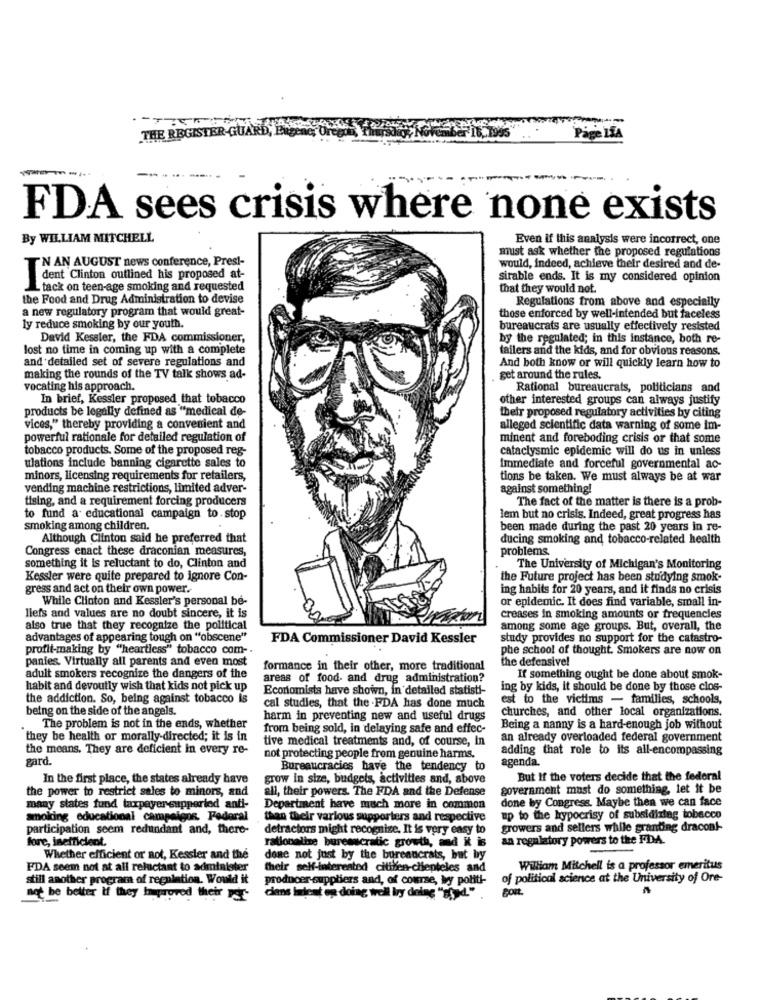
THE REGISTER-G
Pige LIA
FDA sees crisis where none exists
By WILLIAM MITCHELL
Even if this analysis were incorrect, one
must ask whether the proposed regulations
'N AN AUGUST news conference, Prest-
would, indeed, achieve their desired and de-
dent Clinton outlined his proposed at-
sirable ends. It is my considered opinion
tack on teen-age smoking and requested
that they would not.
the Food and Drug Administration to devise
Regulations from above and especially
a new regulatory program that would great-
those enforced by well-intended but faceless
ly reduce smoking by our youth.
bureaucrats are usually effectively resisted
David Kessler, the FDA commissioner,
by the regulated; in this instance, both re-
lost no time in coming up with a complete
failers and the kids, and for obvious reasons.
and detailed set of severe regulations and
And both know or will quickly learn how to
making the rounds of the TV talk shows ad-
get around the rules.
vocating his approach.
Rational bureaucrats, politicians and
In brief, Kessler proposed that tobacco
other interested groups can always justify
products be legally defined as "medical de-
their proposed regulatory activities by citing
vices," thereby providing a convenient and
alleged scientific data warning of some im-
powerful rationale for detailed regulation of
minent and foreboding crisis or that some
tobacco products. Some of the proposed reg-
cataclysmic epidemic will do us in unless
ulations include banning cigarette sales to
Immediate and forceful governmental ac-
minors, licensing requirements for retailers,
tions be taken. We must always be at war
vending machine restrictions, limited adver-
against something!
tising, and a requirement forcing producers
The fact of the matter is there is a prob-
to fund a educational campaign to.stop
lem but no crisis. Indeed, great progress has
smoking among children.
been made during the past 20 years in re-
Although Clinton said he preferred that
ducing smoking and tobacco-related health
Congress enact these draconian measures,
problems
something it is reluctant to do, Clinton and
The University of Michigan's Monitoring
Kessler were quite prepared to ignore Con-
the Future project has been studying smok-
gress and act on their own power.
ing habits for 20 years, and it finds no crisis
While Clinton and Kessler's personal be-
or epidemic. It does find variable, small in-
liefs and values are no doubt sincere, it is
creases in smoking amounts or frequencies
also true that they recognize the political
among some age groups. But, overall, the
advantages of appearing tough on "obscene"
FDA Commissioner David Kessler
study provides no support for the catastro-
profit-making by "heartless" tobacco com-
phe school of thought. Smokers are now on
panies. Virtually all parents and even most
the defensive!
formance in their other, more traditional
adult smokers recognize the dangers of the
areas of food and drug administration?
If something ought be done about smok-
habit and devoutly wish that kids not pick up
Economista have shown, in detailed statisti-
ing by kids, it should be done by those clos-
the addiction. So, being against tobacco is
est to the victims - families, schools,
being on the side of the angels.
cal studies, that the FDA has done much
churches, and other local organizations.
harm in preventing new and useful drugs
The problem is not in the ends, whether
from being sold, in delaying safe and effec-
Being a nanny is a hard-enough job without
they be health or morally-directed; it is in
tive medical treatments and, of course, in
an already overloaded federal government
the means. They are deficient in every re-
adding that role to its all-encompassing
gard.
not protecting people from genuine harms.
agenda.
Bureaucracies have the tendency to
In the first place, the states already have
grow in size, budgets, activities and, above
But If the voters decide that the federal
the power to restrict sales to minors, and
all, their powers. The FDA and the Defense
government must do something, let it be
done by Congress. Maybe then we can face
many states fund taxpayer supperied anti-
Department have much more in common
smoking educational campaigns. Federal
than their various supporters and respective
up to the hypocrisy of subsidizing tobacco
participation seem redundant and, there-
detractors might recognize. It is very easy to
growers and sellers while granting dracon !-
fore, inefficient.
an regulatory powers to the FDA.
rationalize bureaucratic growth, md it is
Whether efficient or not, Kessler and the
done not just by the bureaucrats, but by
FDA seem not at all reluctant to administer
their self-interested citibien-clienteles and
William Mitchell is a professor emeritus
still another program of regulation. Would it
producer suppliers and, of course, by politi-
of political science at the University of Ore-
not be better if they Improved their
ciens intent en doing well Iry doing "syd."